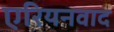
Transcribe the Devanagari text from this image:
एरियनवाद